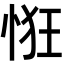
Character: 𢚯